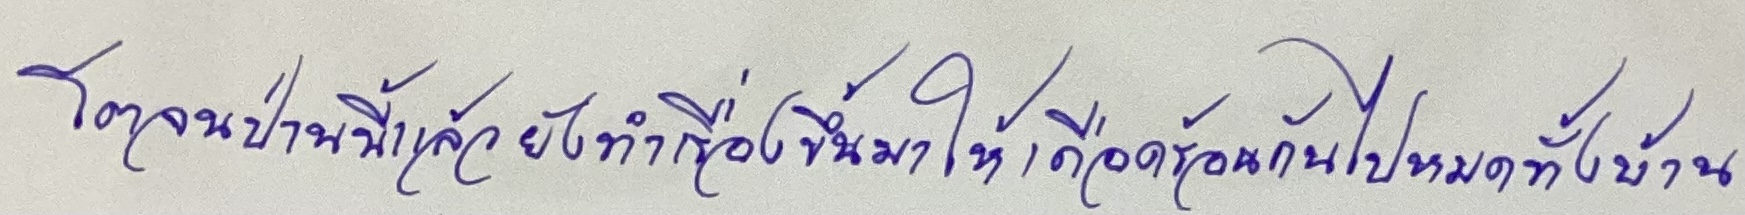
โตจนป่านนี้แล้วยังทำเรื่องขึ้นมาให้เดือดร้อนกันไปหมดทั้งบ้าน